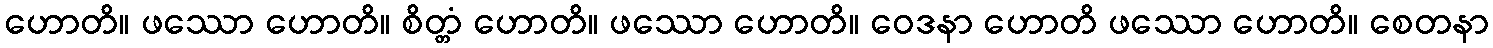
ဟောတိ။ ဖဿော ဟောတိ။ စိတ္တံ ဟောတိ။ ဖဿော ဟောတိ။ ဝေဒနာ ဟောတိ ဖဿော ဟောတိ။ စေတနာ